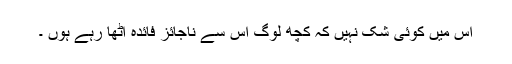
اس میں کوئی شک نہیں کہ کچھ لوگ اس سے ناجائز فائدہ اٹھا رہے ہوں ۔